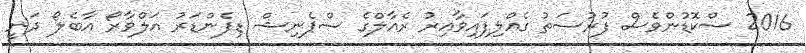
2016 ސްކޮޑުންވެސް ފުރުސަތު ގެއްލިފައިވާއިރު ރެއާލްގެ ސްޕެނިޝް ޑިފެންޑަރު އަލްވާރޯ އާބެލޯ ދަނީ